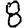
Digit: 8